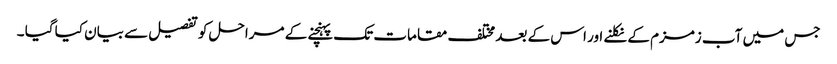
جس میں آب زمزم کے نکلنے اور اس کے بعد مختلف مقامات تک پہنچنے کے مراحل کو تفصیل سے بیان کیا گیا ۔